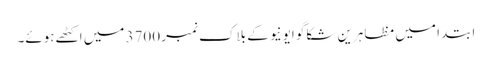
ابتدا میں مظاہرین شکاگو ایونیو کے بلاک نمبر 3700 میں اکٹھے ہوئے۔